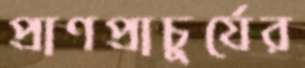
প্রাণপ্রাচুর্যের